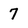
Character: 7